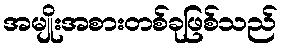
အမျိုးအစားတစ်ခုဖြစ်သည်